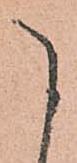
こ